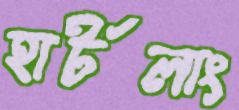
হার্টলাং